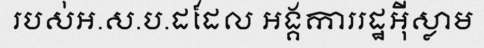
របស់អ.ស.ប.ដដែល អង្គការរដ្ឋអ៊ីស្លាម